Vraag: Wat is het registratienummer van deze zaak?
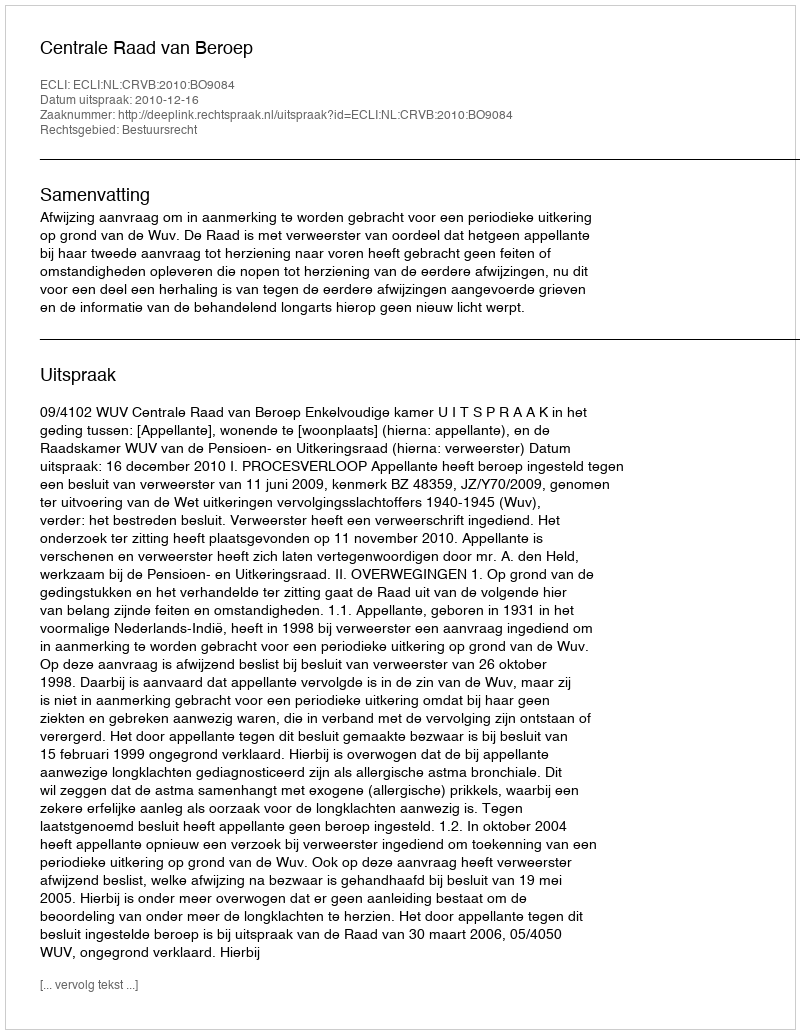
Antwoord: http://deeplink.rechtspraak.nl/uitspraak?id=ECLI:NL:CRVB:2010:BO9084